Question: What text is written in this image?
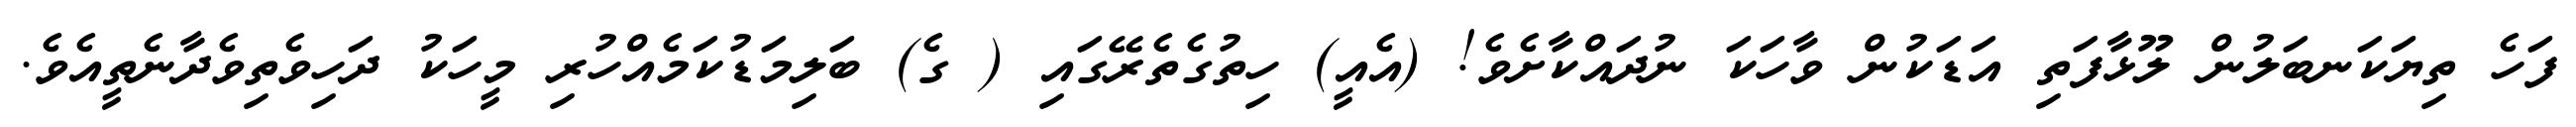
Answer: ފަހެ ތިޔަކަނބަލުން ލޫޅާފަތި އަޑަކުން ވާހަކަ ނުދައްކާށެވެ! (އެއީ) ހިތުގެތެރޭގައި ( ގެ) ބަލިމަޑުކަމެއްހުރި މީހަކު ދަހިވެތިވެދާނެތީއެވެ.